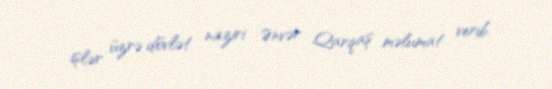
işlər üzrə dövlət naziri Ənvər Qarqaş məlumat verib.